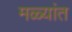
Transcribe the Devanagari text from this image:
मळ्यांत